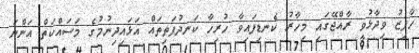
ހާފިޒު ވިދާޅުވީ ރާއްޖޭގައި މިހާރު ކެނޑިފައިވާ ހުރިހާ ކަނދުފަތިތައް އަޅައިދިނުމުގެ މަސައްކަތް އަންނަ